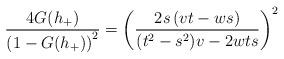
LaTeX: \begin{align*}\dfrac{4G(h_{+})}{{\large (}1-G(h_{+}){\large )}^{2}}=\left( \dfrac{2s\left(vt-ws\right) }{(t^{2}-s^{2})v-2wts}\right) ^{2} \end{align*}